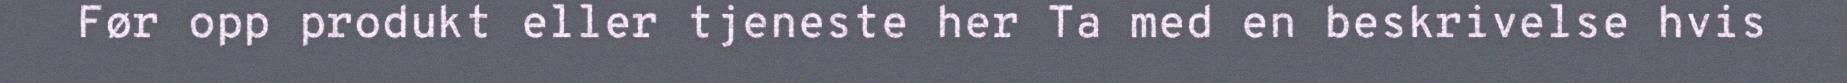
Før opp produkt eller tjeneste her Ta med en beskrivelse hvis